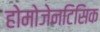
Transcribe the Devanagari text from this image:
होमोजेनटिसिक